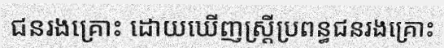
ជនរងគ្រោះ ដោយឃើញស្ត្រីប្រពន្ធជនរងគ្រោះ